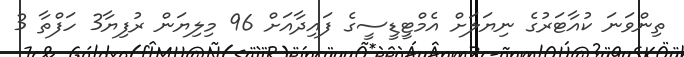
ތިންވަނަ ކުއާޓަރުގެ ނިޔަލަށް އެމްޓީޑީސީގެ ފައިދާއަށް 96 މިލިޔަން ރުފިޔާ3 ހަފްތާ 3